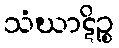
သံဃာဋိဉ္စ